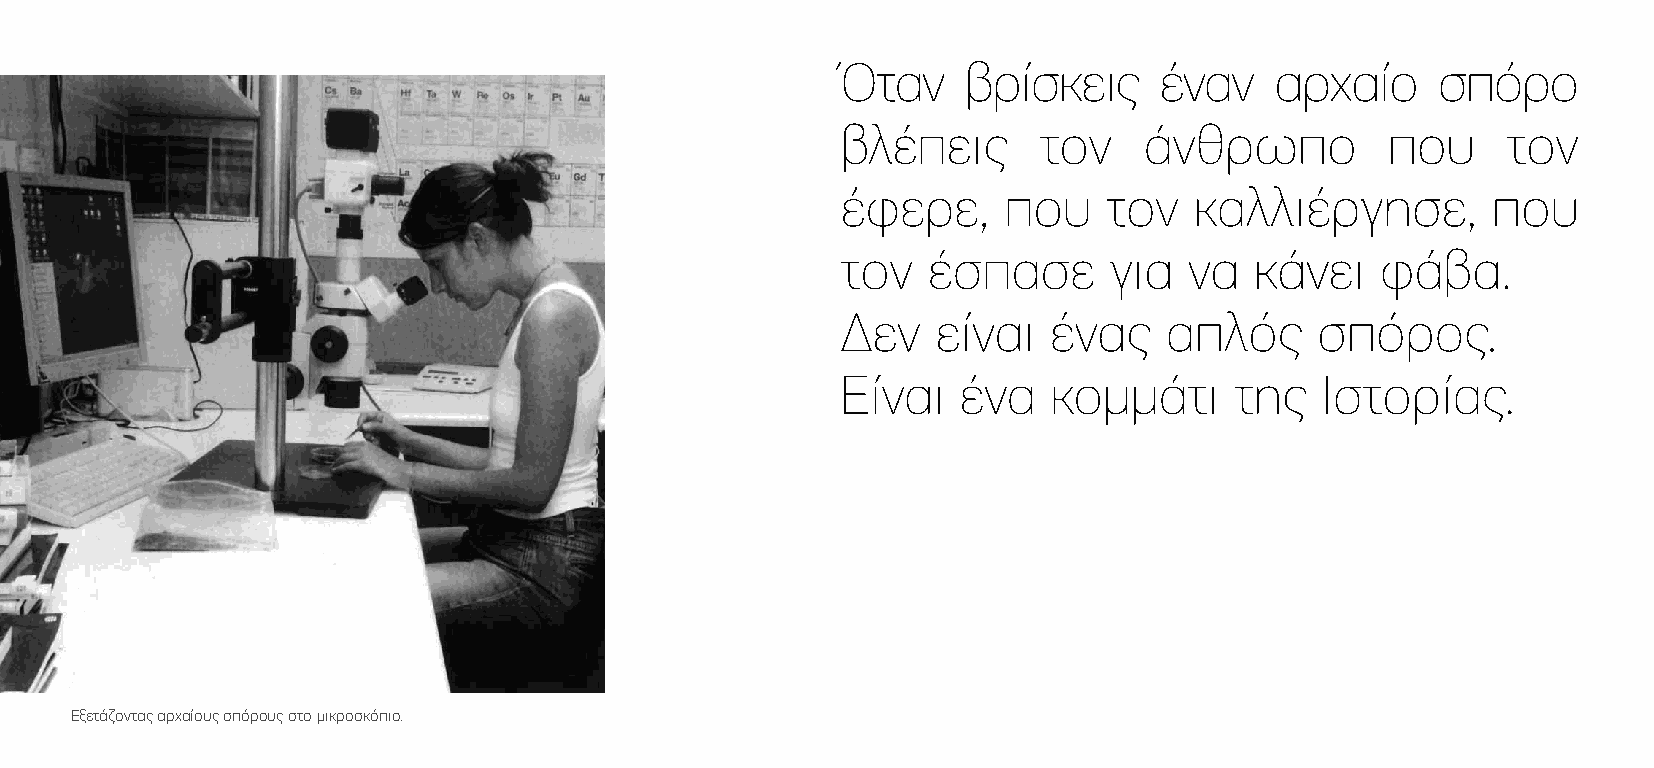
Όταν    βρίσκεις     έναν   αρχαίο     σπόρο
 βλέπεις      τον    άνθρωπο         που     τον
 έφερε,    που    τον   καλλιέργησε,        που
 τον  έσπασε      για   να  κάνει   φάβα.
 Δεν   είναι  ένας    απλός     σπόρος.
 Είναι   ένα   κοµµάτι     της  Ιστορίας.
 Εξετάζοντας αρχαίους σπόρους στο μικροσκόπιο.